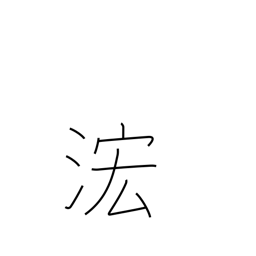
Meaning: rising waters